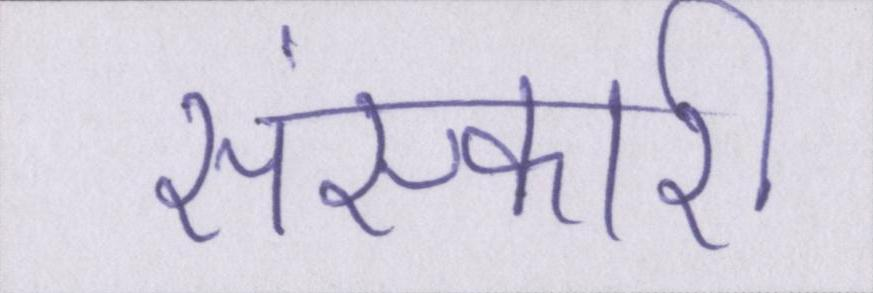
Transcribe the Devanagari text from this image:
संस्कारी